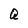
Character: Q